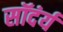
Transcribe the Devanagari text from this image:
सॉदंर्य